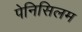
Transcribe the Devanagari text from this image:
पेनिसिलम